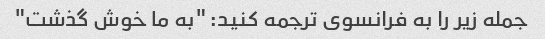
جمله زیر را به فرانسوی ترجمه کنید: "به ما خوش گذشت"